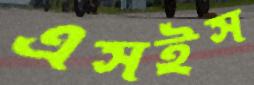
এসইস